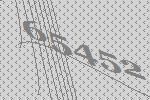
65452